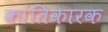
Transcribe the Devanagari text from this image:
कांतिकारक